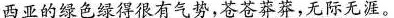
西亚的绿色绿得很有气势，苍苍莽莽，无际无涯。